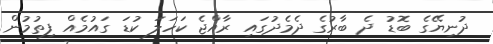
ދުނިޔޭގެ ބޮޑު ދެ ބާރުގެ ދެމެދުގައި ރާއްޖެ ކަހަލަ ކުޑަ ގައުމެއް ފިތުމުން